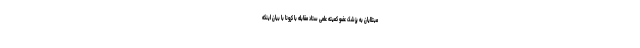
مبتلایان به پزشک عضو کمیته علمی ستاد مقابله با کرونا با بیان اینکه